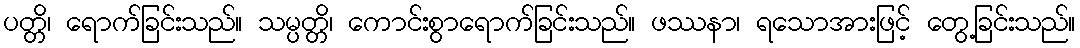
ပတ္တိ၊ ရောက်ခြင်းသည်။ သမ္ပတ္တိ၊ ကောင်းစွာရောက်ခြင်းသည်။ ဖဿနာ၊ ရသောအားဖြင့် တွေ့ခြင်းသည်။